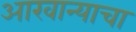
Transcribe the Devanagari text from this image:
आखान्याचा